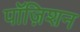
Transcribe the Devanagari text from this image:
पॉज़िशन